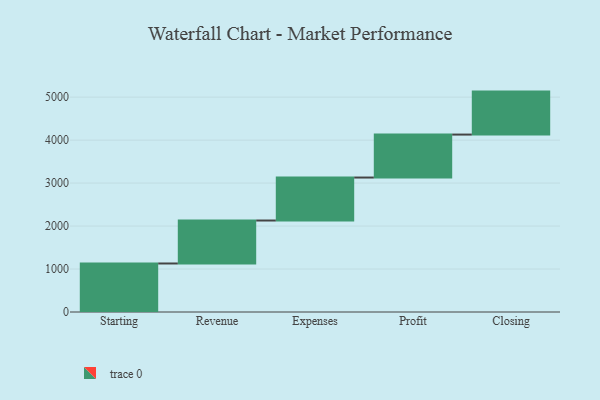
{"axis": {"x": "Step", "y": "Value"}, "legend": [""], "data": [{"x": "Starting", "y": 1129.0, "type": ""}, {"x": "Revenue", "y": 1000, "type": ""}, {"x": "Expenses", "y": 1000, "type": ""}, {"x": "Profit", "y": 1000, "type": ""}, {"x": "Closing", "y": 1000, "type": ""}]}